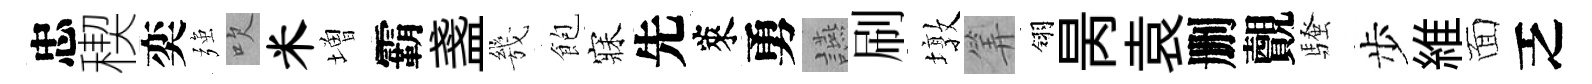
忠稧奕强吹米増霸盞㡬飽寐先萊勇讌刷墩筭翎昺袁删覿騷步維面乏